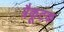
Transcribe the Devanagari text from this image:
त्रैकूटक